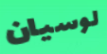
لوسيان